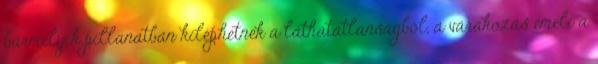
bármelyik pillanatban kiléphetnek a láthatatlanságból, a várakozás emeli a